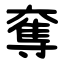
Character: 奪